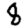
Digit: 8